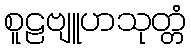
စူဠဗျူဟသုတ္တံ